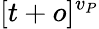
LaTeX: [t+o]^{v_{P}}